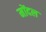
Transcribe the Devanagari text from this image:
मोंदल